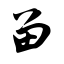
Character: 留